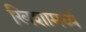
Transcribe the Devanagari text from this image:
खिशामध्ये